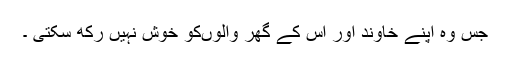
جس وہ اپنے خاوند اور اس کے گھر والوںکو خوش نہیں رکھ سکتی ۔